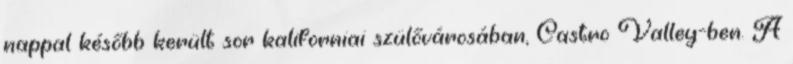
nappal később került sor kaliforniai szülővárosában, Castro Valley-ben. A